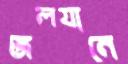
জলযানে